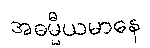
အဓမ္မီယမာနေ